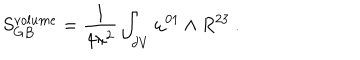
LaTeX: S _ { G B } ^ { v o l u m e } = { \frac { 1 } { 4 \pi ^ { 2 } } } \int _ { \partial V } \omega ^ { 0 1 } \wedge R ^ { 2 3 } \ .